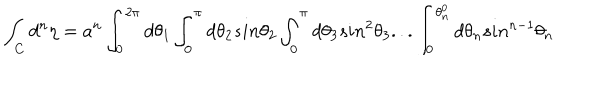
LaTeX: \int _ { C } { d ^ { n } } { \eta } = a ^ { n } \int _ { 0 } ^ { 2 \pi } d \theta _ { 1 } \int _ { 0 } ^ { \pi } d \theta _ { 2 } s i n \theta _ { 2 } \int _ { 0 } ^ { \pi } d \theta _ { 3 } s i n ^ { 2 } \theta _ { 3 } . . . \int _ { 0 } ^ { \theta _ { n } ^ { 0 } } d \theta _ { n } s i n ^ { n - 1 } \theta _ { n }